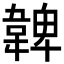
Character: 𩏂